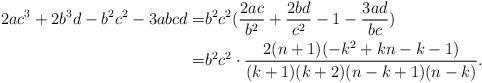
LaTeX: \begin{align*}2 a c^3 + 2 b^3 d -b^2 c^2 - 3 a b cd=&b^2c^2(\dfrac{2ac}{b^2}+\dfrac{2bd}{c^2}-1-\dfrac{3ad}{bc})\\=&b^2c^2\cdot\dfrac{2 (n+1) (-k^2+kn-k-1)}{(k+1) (k+2) (n-k+1)(n-k)}.\end{align*}